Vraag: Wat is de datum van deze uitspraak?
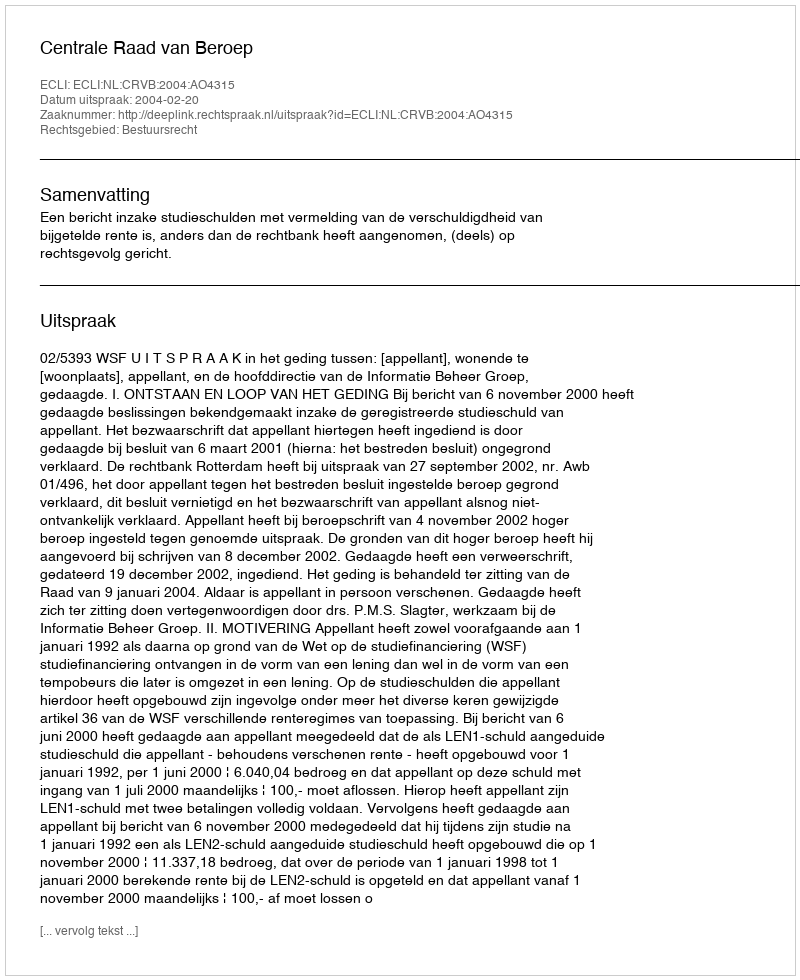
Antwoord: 2004-02-20